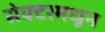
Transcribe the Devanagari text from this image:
सेक्टरमधून